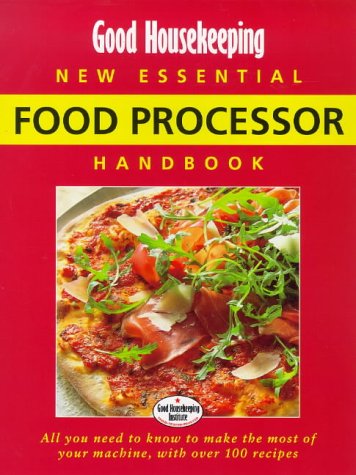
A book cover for "Good Housekeeping" New Essential Food Processor Handbook (Good Housekeeping Cookery Club); Good Housekeeping Institute; Cookbooks, Food & Wine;